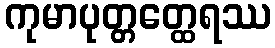
ကုမာပုတ္တတ္ထေရဿ